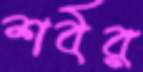
শর্বর